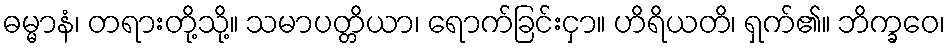
ဓမ္မာနံ၊ တရားတို့သို့။ သမာပတ္တိယာ၊ ရောက်ခြင်းငှာ။ ဟိရိယတိ၊ ရှက်၏။ ဘိက္ခဝေ၊